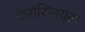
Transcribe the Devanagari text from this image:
केरोसिनयुक्त